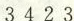
3 4 2 3